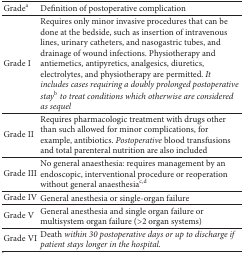
| Gradea | Definition of postoperative complication |
 | --- | --- |
 | Grade I | Requires only minor invasive procedures that can be done at the bedside, such as insertion of intravenous lines, urinary catheters, and nasogastric tubes, and drainage of wound infections. Physiotherapy and antiemetics, antipyretics, analgesics, diuretics, electrolytes, and physiotherapy are permitted. It includes cases requiring a doubly prolonged postoperative stayb to treat conditions which otherwise are considered as sequel |
 | Grade II | Requires pharmacologic treatment with drugs other than such allowed for minor complications, for example, antibiotics. Postoperative blood transfusions and total parenteral nutrition are also included |
 | Grade III | No general anaesthesia: requires management by an endoscopic, interventional procedure or reoperation without general anaesthesiac,d |
 | Grade IV | General anesthesia or single-organ failure |
 | Grade V | General anesthesia and single organ failure or multisystem organ failure (>2 organ systems) |
 | Grade VI | Death within 30 postoperative days or up to discharge if patient stays longer in the hospital. |